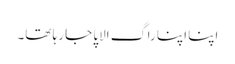
اپنا اپنا راگ الاپا جا رہا تھا۔